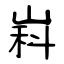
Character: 嵙